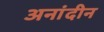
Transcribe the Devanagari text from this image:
अनांदीन